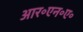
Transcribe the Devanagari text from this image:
आर॰एन॰ए॰